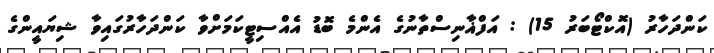
ކަންދަހާރު (އޮކްޓޯބަރު 15) : އަފްޣާނިސްތާނުގެ އެންމެ ބޮޑު އެއްސިޓީކަމަށްވާ ކަންދަހާރުގައިވާ ޝިޔައީންގެ